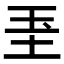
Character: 𱖓